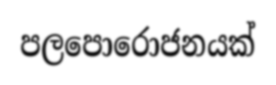
පලපොරොජනයක්